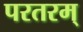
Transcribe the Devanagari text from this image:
परतरम्